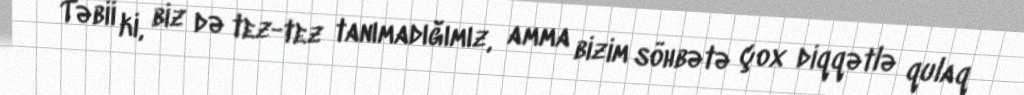
Təbii ki, biz də tez-tez tanımadığımız, amma bizim söhbətə çox diqqətlə qulaq